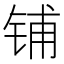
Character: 铺